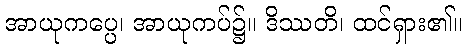
အာယုကပ္ပေ၊ အာယုကပ်၌။ ဒိဿတိ၊ ထင်ရှား၏။